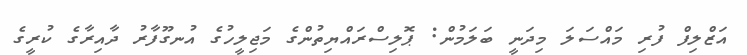
އަޒްލިފް ފުރި މައްސަލަ މިދަނީ ބަލަމުން: ޕޮލިސްރައްޔިތުންގެ މަޖިލީހުގެ އުނގޫފާރު ދާއިރާގެ ކުރީގެ